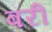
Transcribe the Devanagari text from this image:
बरीं